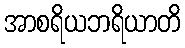
အာစရိယဘရိယာတိ